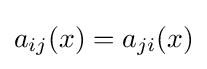
a_{ij}(x)=a_{ji}(x)